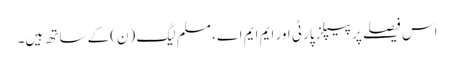
اس فیصلے پر پیپلزپارٹی اور ایم ایم اے ، مسلم لیگ (ن)کے ساتھ ہیں۔